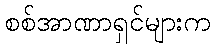
စစ်အာဏာရှင်များက